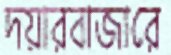
দয়ারবাজারে